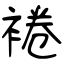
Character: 裷